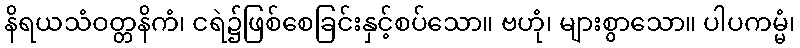
နိရယသံဝတ္တနိကံ၊ ငရဲ၌ဖြစ်စေခြင်းနှင့်စပ်သော။ ဗဟုံ၊ များစွာသော။ ပါပကမ္မံ၊